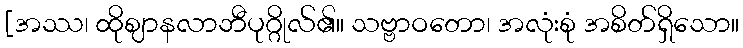
[အဿ၊ ထိုဈာနလာဘီပုဂ္ဂိုလ်၏။ သဗ္ဗာဝတော၊ အလုံးစုံ အစိတ်ရှိသော။